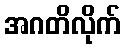
အဂတိလိုက်